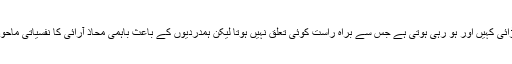
یہ قوموں کی نفسیات کا حصہ ہے کہ لڑائی کہیں اور ہو رہی ہوتی ہے جس سے براہ راست کوئی تعلق نہیں ہوتا لیکن ہمدردیوں کے باعث باہمی محاذ آرائی کا نفسیاتی ماحول دوسرے علاقوں میں بھی بن جاتا ہے۔